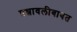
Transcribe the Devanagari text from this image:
प्रश्नावलीबाबत